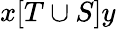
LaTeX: x[T\cup S]y